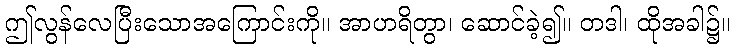
ဤလွန်လေပြီးသောအကြောင်းကို။ အာဟရိတွာ၊ ဆောင်ခဲ့၍။ တဒါ၊ ထိုအခါ၌။